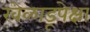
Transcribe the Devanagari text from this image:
खेळाडूपेक्षा